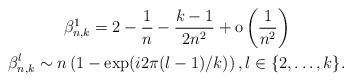
LaTeX: \begin{gather*}\beta_{n,k}^{1}=2-\frac{1}{n}-\frac{k-1}{2n^2}+{\rm o}\left(\frac{1}{n^2}\right)\\\beta_{n,k}^{l}\sim n\left(1-\exp(i2\pi(l-1)/k)\right), l \in \{2, \ldots, k\}.\end{gather*}